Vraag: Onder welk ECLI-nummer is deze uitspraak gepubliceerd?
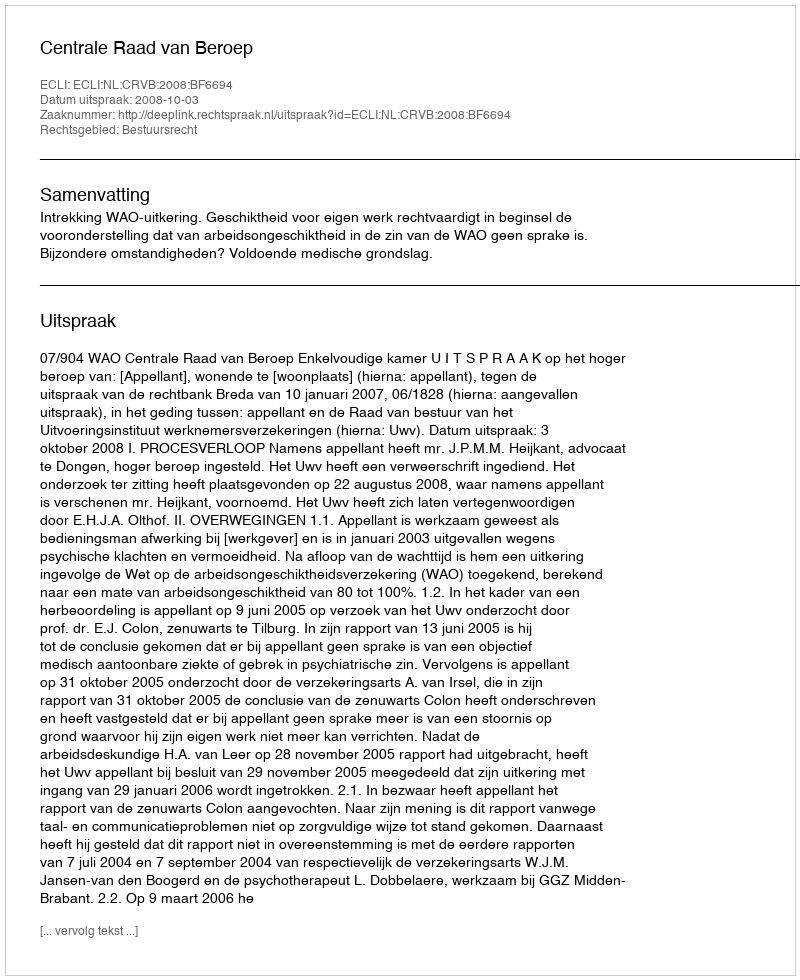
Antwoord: ECLI:NL:CRVB:2008:BF6694